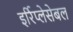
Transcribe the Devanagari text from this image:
इर्रिप्लेसेबल